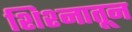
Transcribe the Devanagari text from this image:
शिश्नातून